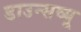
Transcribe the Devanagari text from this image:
डाउन्सव्यू